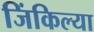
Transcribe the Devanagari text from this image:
जिंकिल्या